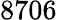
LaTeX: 8706